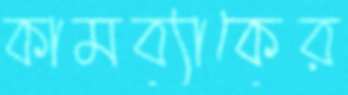
কামব্যাকের